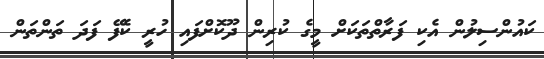
ކައުންސިލުން އެކި ފަރާތްތަކަށް މީގެ ކުރިން ދޫކޮށްފައި ހުރީ ކެފޭ ފަދަ ތަންތަން